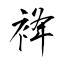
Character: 袶